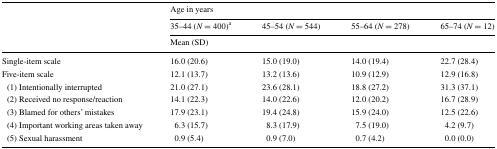
| <ROWSPAN=3>  | <COLSPAN=4> Age in years |
 | 35–44 (N = 400)a | 45–54 (N = 544) | 55–64 (N = 278) | 65–74 (N = 12) |
 | <COLSPAN=4> Mean (SD) |
 | --- | --- | --- | --- | --- |
 | Single-item scale | 16.0 (20.6) | 15.0 (19.0) | 14.0 (19.4) | 22.7 (28.4) |
 | Five-item scale | 12.1 (13.7) | 13.2 (13.6) | 10.9 (12.9) | 12.9 (16.8) |
 | (1) Intentionally interrupted | 21.0 (27.1) | 23.6 (28.1) | 18.8 (27.2) | 31.3 (37.1) |
 | (2) Received no response/reaction | 14.1 (22.3) | 14.0 (22.6) | 12.0 (20.2) | 16.7 (28.9) |
 | (3) Blamed for others’ mistakes | 17.9 (23.1) | 19.4 (24.8) | 15.9 (24.0) | 12.5 (22.6) |
 | (4) Important working areas taken away | 6.3 (15.7) | 8.3 (17.9) | 7.5 (19.0) | 4.2 (9.7) |
 | (5) Sexual harassment | 0.9 (5.4) | 0.9 (7.0) | 0.7 (4.2) | 0.0 (0.0) |